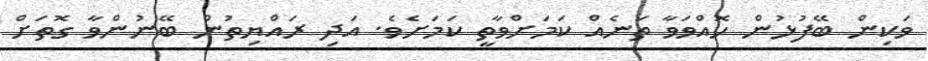
ވަކިން ބޭފުޅުން ހޮއްވަވާ ތަނެއް ކަމަށްވާތީ ކަމަށެވެ. އަދި ރައްޔިތުން ބޭނުންވާ ގޮތަށް